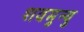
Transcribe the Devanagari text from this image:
शवमुन्यु